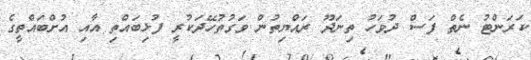
ކަރަންޓު ނެތް ފަސް ދުވަހު ތިނަދޫ ރައްޔިތުން ވަގުތުހޭދަކުރީ ފުޅިބައްތި އާއި އުށްބައްތީގެ